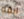
ابقه